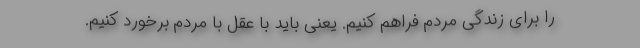
را برای زندگی مردم فراهم کنیم. یعنی باید با عقل با مردم برخورد کنیم.